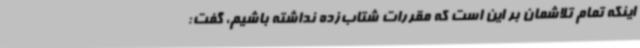
اینکه تمام تلاشمان بر این است که مقررات شتاب‌زده نداشته باشیم، گفت: